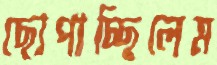
ছোপাচ্ছিলেম